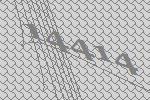
14414